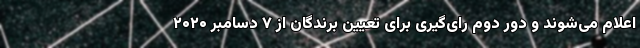
اعلام می‌شوند و دور دوم رای‌گیری برای تعیین برندگان از ۷ دسامبر ۲۰۲۰